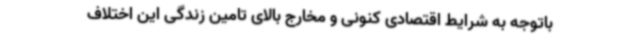
باتوجه به شرایط اقتصادی کنونی و مخارج بالای تامین زندگی این اختلاف